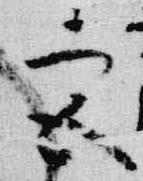
宮